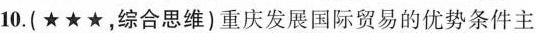
10.(★★★，综合思维)重庆发展国际贸易的优势条件主